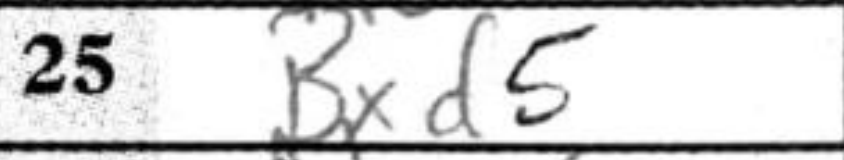
Transcription: Bxd5